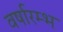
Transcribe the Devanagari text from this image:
वर्षारम्भ